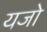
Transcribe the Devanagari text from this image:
यजो